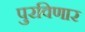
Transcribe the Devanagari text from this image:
पुरविणार